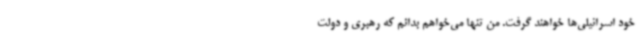
خود اسرائیلی‌ها خواهند گرفت. من تنها می‌خواهم بدانم که رهبری و دولت